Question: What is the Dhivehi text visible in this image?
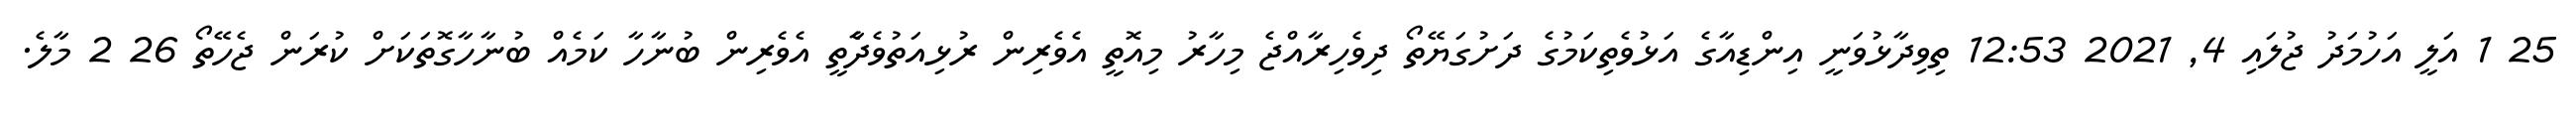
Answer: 25 1 އަލީ އަހުމަދު ޖުލައި 4, 2021 12:53 ތިވިދާޅުވަނީ އިންޑިއާގެ އަޅުވެތިކަމުގެ ދަށުގަޔޭތޯ ދިވެހިރާއްޖެ މިހާރު މިއޮތީ އެވެރިން ރުޅިއަތުވެދާެތީ އެވެރިން ބުނާހާ ކަމެއް ބުނާހާގޮތަކަށް ކުރަން ޖެހޭތޯ 26 2 މާލެ.